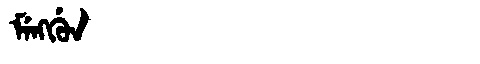
Manchu: ᠮᡝᠩᡤᡠᠨ
Romanization: MENGGUN